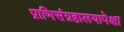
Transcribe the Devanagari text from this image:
प्राणिसंग्रहालयापेक्षा